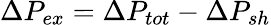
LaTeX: \Delta P_{ex}=\Delta P_{tot}-\Delta P_{sh}